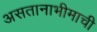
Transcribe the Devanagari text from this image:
असतानाभीमाची